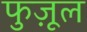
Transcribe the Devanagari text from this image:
फुज़ूल